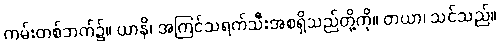
ကမ်းတစ်ဘက်၌။ ယာနိ၊ အကြင်သရက်သီးအစရှိသည်တို့ကို။ တယာ၊ သင်သည်။